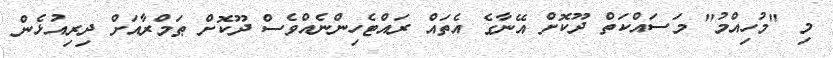
މި "މުހިއްމު" މަސައްކަތް ދޫކޮށް އޭނާގެ އެތައް ރައްޓެހިންނެއްވެސް ދޫކޮށް ޠަމްރާއަށް ދިރިއުޅެން